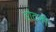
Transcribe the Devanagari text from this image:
डोटली